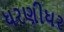
ધરણીધર